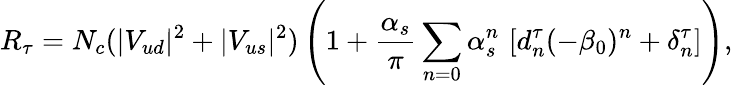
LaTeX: R_{\tau}=N_{c}(|V_{ud}|^{2}+|V_{us}|^{2})\left(1+\frac{\alpha_{s}}{\pi}\sum_{n=0}\alpha_{s}^{n}\, \left[d_{n}^{\tau}(-\beta_{0})^{n}+\delta_{n}^{\tau}\right]\right),